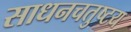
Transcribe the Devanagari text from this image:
साधनचतुष्टय